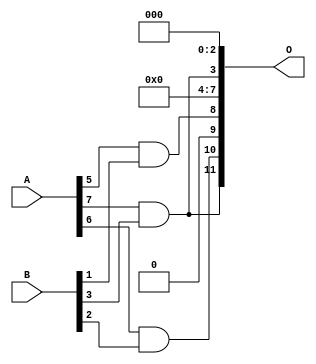
/***
* This code is a part of EvoApproxLib library (ehw.fit.vutbr.cz/approxlib) distributed under The MIT License.
* When used, please cite the following article(s): V. Mrazek, L. Sekanina, Z. Vasicek "Libraries of Approximate Circuits: Automated Design and Application in CNN Accelerators" IEEE Journal on Emerging and Selected Topics in Circuits and Systems, Vol 10, No 4, 2020 
* This file contains a circuit from a sub-set of pareto optimal circuits with respect to the pwr and mae parameters
***/
// MAE% = 7.95 %
// MAE = 326 
// WCE% = 27.91 %
// WCE = 1143 
// WCRE% = 300.00 %
// EP% = 93.36 %
// MRE% = 62.04 %
// MSE = 184297 
// PDK45_PWR = 0.00089 mW
// PDK45_AREA = 7.0 um2
// PDK45_DELAY = 0.04 ns

module mul8x4u_2FE (
    A,
    B,
    O
);

input [7:0] A;
input [3:0] B;
output [11:0] O;

wire sig_96,sig_138,sig_150;

assign sig_96 = A[5] & B[1];
assign sig_138 = A[7] & B[3];
assign sig_150 = A[6] & B[2];

assign O[11] = sig_138;
assign O[10] = sig_150;
assign O[9] = 1'b0;
assign O[8] = sig_96;
assign O[7] = 1'b0;
assign O[6] = 1'b0;
assign O[5] = 1'b0;
assign O[4] = 1'b0;
assign O[3] = sig_138;
assign O[2] = 1'b0;
assign O[1] = 1'b0;
assign O[0] = 1'b0;

endmodule